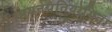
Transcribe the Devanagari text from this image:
गायनप्रतियोगिता